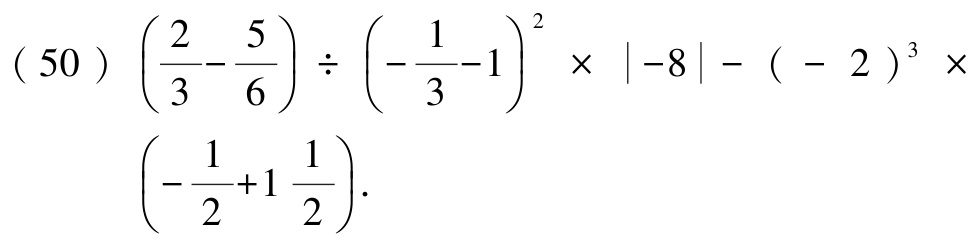
\((50)\left(\dfrac{2}{3}-\dfrac{5}{6}\right)\div\left(-\dfrac{1}{3}-1\right)^{2}\times|-8|-(-2)^{3}\times\left(-\dfrac{1}{2}+1\dfrac{1}{2}\right).\)